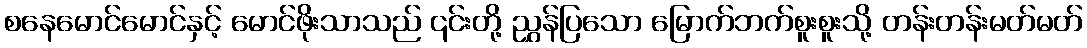
စနေမောင်မောင်နှင့် မောင်ဖိုးသာသည် ၎င်းတို့ ညွှန်ပြသော မြောက်ဘက်စူးစူးသို့ တန်းတန်းမတ်မတ်